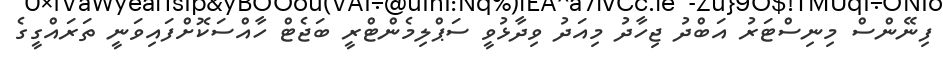
ފިނޭންސް މިނިސްޓަރު އަބްދު ޖިހާދު މިއަަދު ވިދާޅުވީ ސަޕްލިމެންޓްރީ ބަޖެޓް ހާއްސަކޮށްފައިވަނީ ތަރައްގީގެ